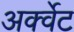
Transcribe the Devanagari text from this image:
अर्क्वेट